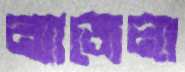
ন্যাজেলা